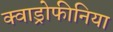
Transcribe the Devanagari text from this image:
क्वाड्रोफीनिया